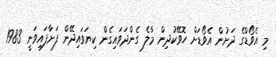
މި އެވޯޑްގެ ދަށުން އެވޯޑަށް ހޮވޭކުދިން މާލެ ގެންދަވައިގެން ކިޔަވައިދޭން ފަށާފައިވަނީ 1983